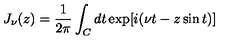
J _ { \nu } ( z ) = \frac { 1 } { 2 \pi } \int _ { C } d t \exp [ i ( \nu t - z \sin t ) ]